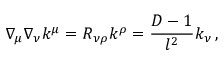
\nabla _ { \mu } \nabla _ { \nu } k ^ { \mu } = R _ { \nu \rho } k ^ { \rho } = \frac { D - 1 } { l ^ { 2 } } k _ { \nu } \, ,